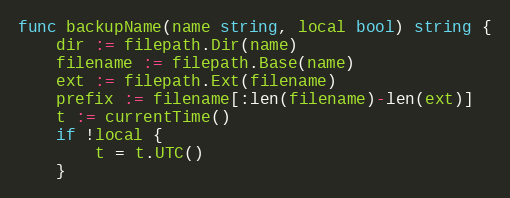
Language: Go
func backupName(name string, local bool) string {
	dir := filepath.Dir(name)
	filename := filepath.Base(name)
	ext := filepath.Ext(filename)
	prefix := filename[:len(filename)-len(ext)]
	t := currentTime()
	if !local {
		t = t.UTC()
	}